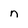
Character: n